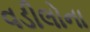
વડીલોના